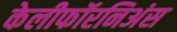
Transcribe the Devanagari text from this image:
केलीफॉरनिअंस